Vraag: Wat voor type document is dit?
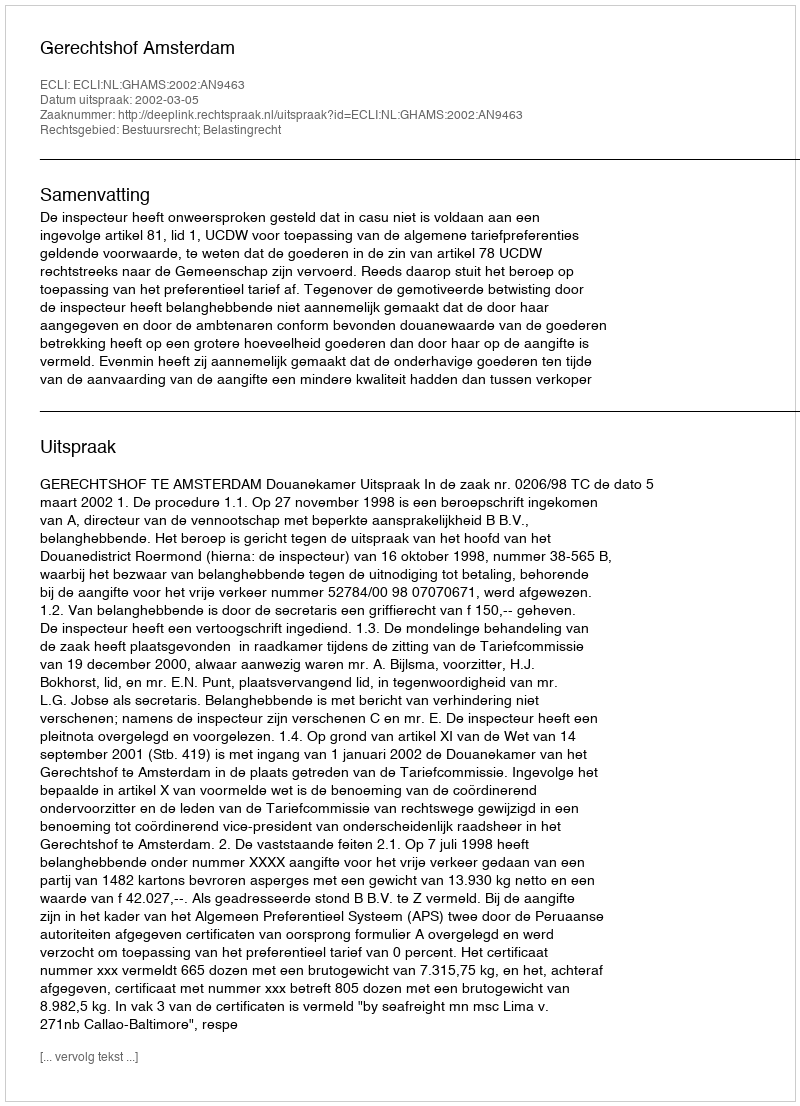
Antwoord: Uitspraak